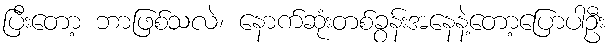
ပြီးတော့ ဘာဖြစ်သလဲ၊ နောက်ဆုံးတစ်ခွန်းအနေနဲ့တော့ပြောပါဦး